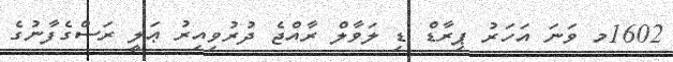
1602މ ވަނަ އަހަރު ޕިރާޑް ޑި ލަވާލް ރާއްޖެ ދުރުވިއިރު ޢަލީ ރަސްގެފާނުގެ